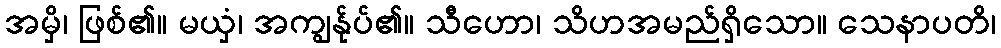
အမှိ၊ ဖြစ်၏။ မယှံ၊ အကျွန်ုပ်၏။ သီဟော၊ သိဟအမည်ရှိသော။ သေနာပတိ၊